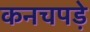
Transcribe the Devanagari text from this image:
कनचपडे़